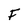
Character: F